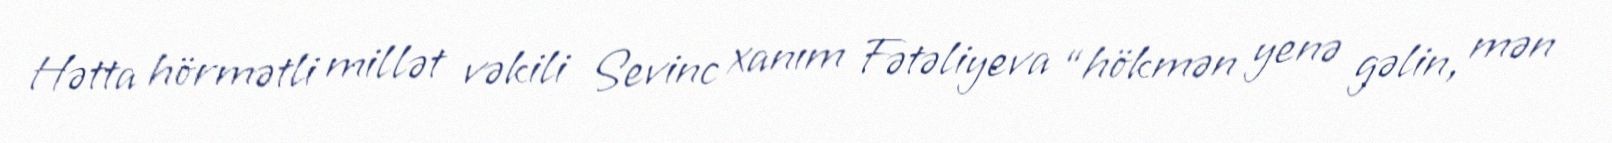
Hətta hörmətli millət vəkili Sevinc xanım Fətəliyeva “hökmən yenə gəlin, mən